Vana-Antsla_vallavalitsus, lk 124
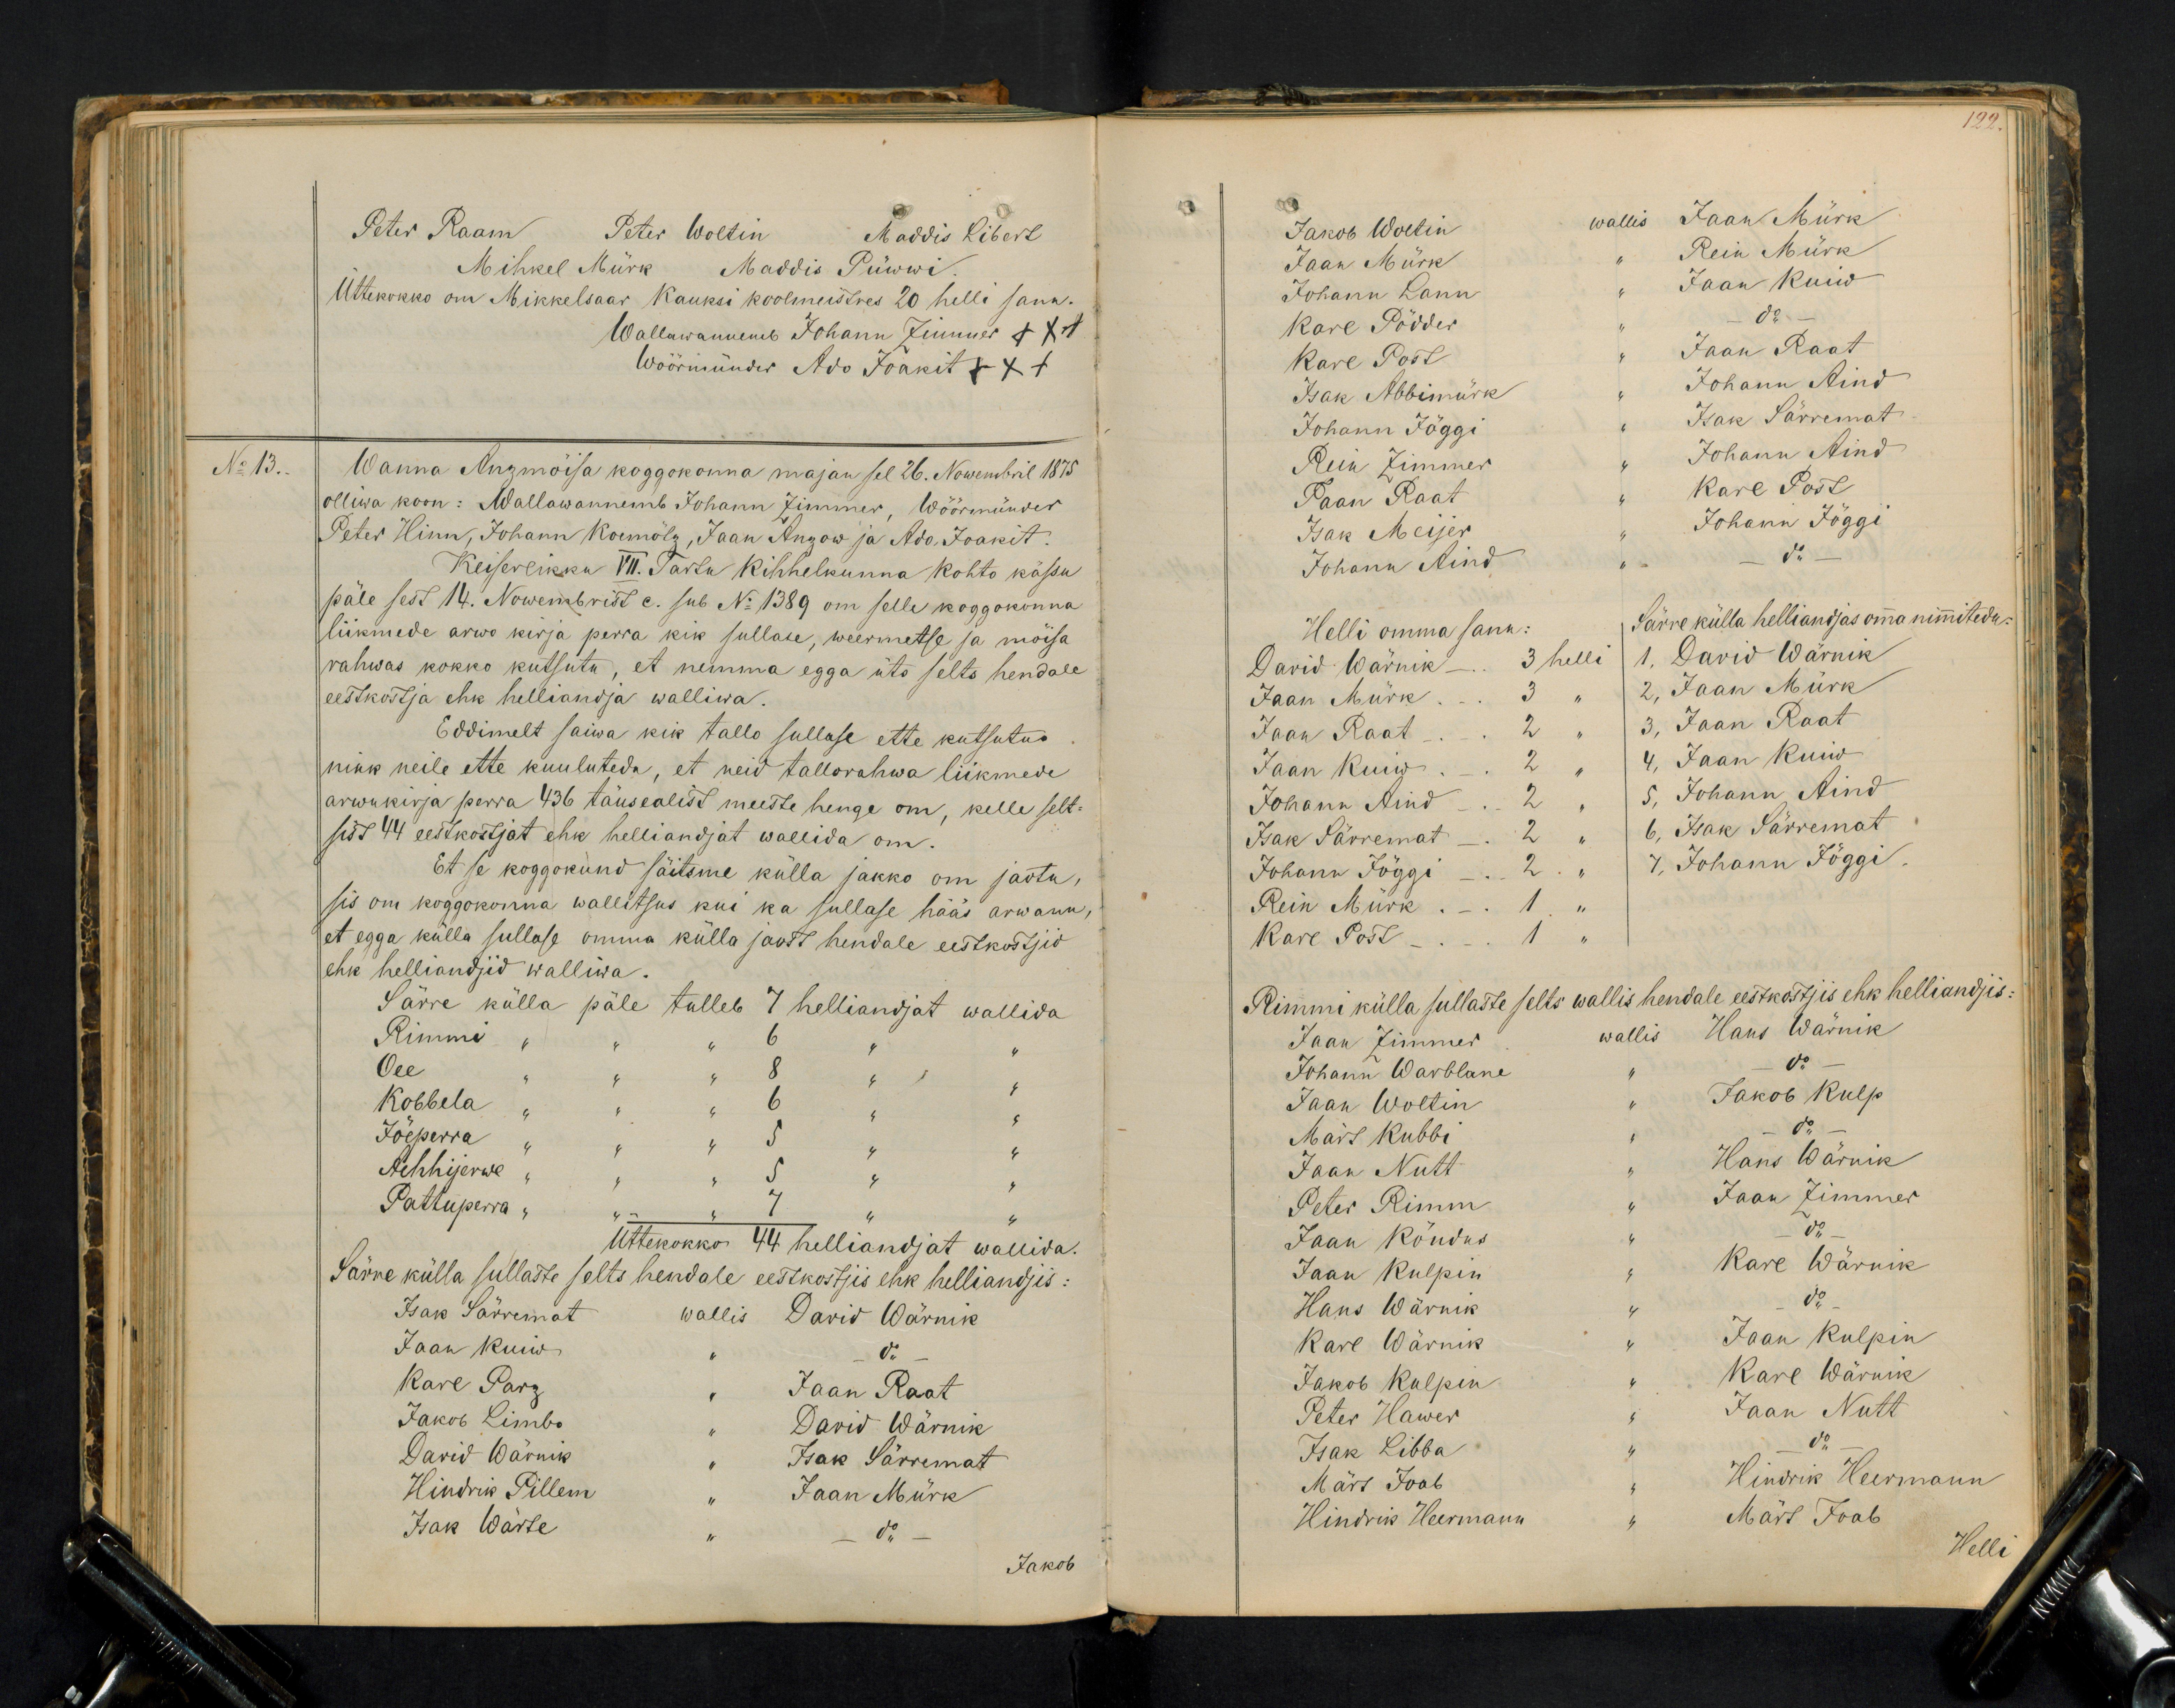
Peter Raam Peter Woltin Maddis Libert
Mihkel Mürk Maddis Püwwi.
Üttekokko om Mikkelsaar Kauksi koolmeistres 20 helli sanu.
Wallawanemb Johann Zimmer +++
Wöörmünder Ado Joakit XXX
No 13.
Wanna Anzmöisa koggokonna majan sel 26. Nowembril 1875.
olliwa koon: Wallawannemb Johann Zimmer, Wöörmünder
Peter Hinn, Johann Koemötz, Jaan Anzow ja Ado Joakit.
Keiserlikku VII Tartu Kihhelkonna Kohto kässu
päle sest 14. Nowembrist c. sub No 1389 om selle koggokonna
liikmede arwo kirja perra kik sullase, weermetse ja möisa
rahwas kokko kutsutu, et nemma egga üts selts hendale
eestkostja ehk helliandja walliwa.
Eddimelt saiwa kik tallo sullase ette kutsutu
nink neile ette kuuluteda, et neid tallorahwa liikmede
arwukirja perra 436 täusealist meeste henge om, kelle selt-
sist 44 eestkostjat ehk helliandjat wallida om.
Et se koggokund säitsme külla jakko om jaotu,
sis on koggokonna wallitsus kui ka sullase hääs arwanu
et egga külla sullase omma külla jaost hendale eestkostjid
ehk helliandjid walliwa.
Särra külla päle tulleb 7 helliandjat wallida
Rimmi " " 6 " "
Oee " " 8 " "
Kobbela " " 6 " "
Jöeprra " " 5 " "
Aehhijerwe " 5 " "
Pattuperra " " 7
Üttekokko 44 helliandjat wallida.
Särre külla sullaste selts hendale eestkostjis ehk helliandjis:
Isak Särremat wallis Dawid Wärnik
Jaan Kuiw do
Karl Parg " Jaan Raat
Jakob Limbo " Dawid Wärnik
Dawid Wärnik " Isak Särremat
Hindrik Pillem " Jaan Mürk
Isak Wärte " - do
Jakob

122
Jakob Woltin
wallis Jaan Mürk
Jaan Mürk
" Rein Mürk
Johann Lann
" Jaan Kuiw
Karl Pödder
Karl Post
Jaan Raat
Johann Aind
Isak Abbimürk
Johann Aind
Johann Jõggi "
Isak Särremat
Rein Zimmer "
Johann Aind
Jaan Raat "
Karl Post
Isak Meijer
Johann Jõggi
Johann Aind "
Helli omma sanu:
Särre külla helliandjas omma nimitedu
David Wärnik 3 helli
1, David Wärnik
Jaan Mürk - 3 "
2, Jaan Mürk
Jaan Raat - 2 "
3, Jaan Raat
Jaan Kuiw - 2 "
4, Jaan Kuiw
Johann Aind - 2 "
5, Johann Aind
Isak Särremat - 2 "
6, Isak Särremat
Johann Jõggi - 2 "
7, Johann Jõggi
Rein Mürk - 1 "
Karl Post - " 1 "
Rimmi külla sullaste selts wallis hendale eestkostjis ehk helliandsis
Jaan Zimmer wallis Hans Wärnik
Johann Warblane "
Jaan Woltin "
Jakob Kulp
Märs Kubbi "
Jaan Nutt "
Hans Wärnik
Peter Rimm "
Jaan Zimmer
Jaan Köndus "
Jaan Kulpin "
Karl Wärnik
Hans Wärnik "
Karl Wärnik "
Jaan Kulpin
Jakob Kulpin "
Karl Wärnik
Peter Hawer "
Jaan Nutt
Jaak Libba "
Märk Ioab
Hindrik Heermann
Hindrik Heermann " Märt Ioab
Helli